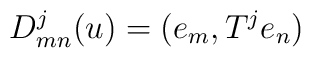
D^{j}_{mn}(u)=(e_{m}, T^{j}e_{n})